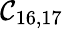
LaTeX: \mathcal{C}_{16,17}